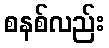
စနစ်လည်း